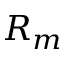
R _ { m }